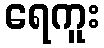
ရေကူး